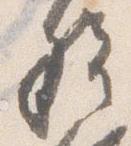
権